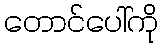
တောင်ပေါ်ကို